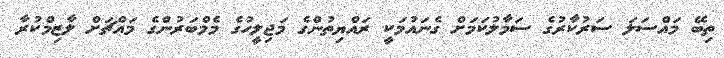
ތިބޭ މައްސަލަ ސަރުކާރުގެ ސަމާލުކަމަށް ގެނައުމަކީ ރައްޔިތުންގެ މަޖިލީހުގެ މެމްބަރުންގެ މައްޗަށް ލާޒިމްކުރާ